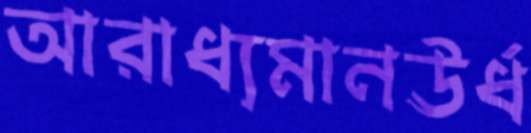
আরাধ্যমানঊর্ধ